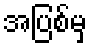
အပြစ်မှ